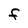
Character: F